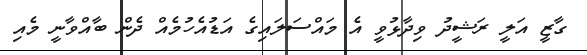
ގާޒީ އަލީ ރަޝީދު ވިދާޅުވީ އެ މައްސަލައިގެ އަޑުއެހުމެއް ދެން ބާއްވާނީ މެއި